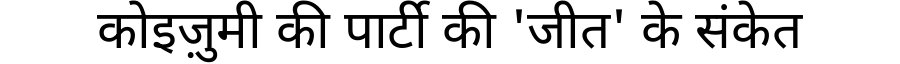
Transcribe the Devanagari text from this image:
कोइज़ुमी की पार्टी की 'जीत' के संकेत